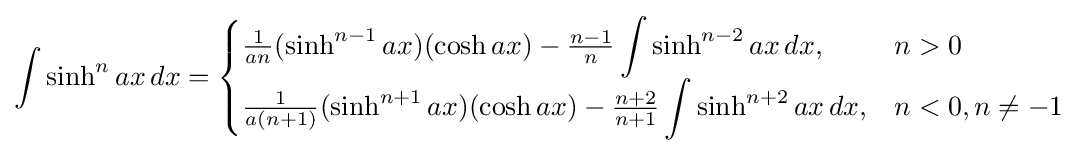
\int \sinh ^{n}ax\,dx={\begin{cases}{\frac {1}{an}}(\sinh ^{n-1}ax)(\cosh ax)-{\frac {n-1}{n}}\displaystyle \int \sinh ^{n-2}ax\,dx,&n>0\\{\frac {1}{a(n+1)}}(\sinh ^{n+1}ax)(\cosh ax)-{\frac {n+2}{n+1}}\displaystyle \int \sinh ^{n+2}ax\,dx,&n<0,n\neq -1\end{cases}}